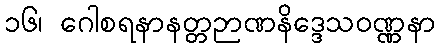
၁၆၊ ဂေါစရနာနတ္တဉာဏနိဒ္ဒေသဝဏ္ဏနာ